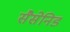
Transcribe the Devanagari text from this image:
सैसेनिड